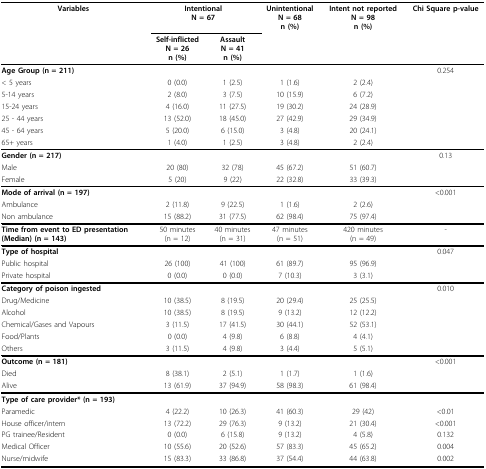
<table><thead><tr><td><b>Variables</b></td><td colspan="2"><b>IntentionalN = 67</b></td><td><b>UnintentionalN = 68n (%)</b></td><td><b>Intent not reportedN = 98n (%)</b></td><td><b>Chi Square p-value</b></td></tr><tr><td></td><td><b>Self-inflictedN = 26n (%)</b></td><td><b>AssaultN = 41n (%)</b></td><td></td><td></td><td></td></tr></thead><tbody><tr><td><b>Age Group (n = 211)</b></td><td></td><td></td><td></td><td></td><td>0.254</td></tr><tr><td>&lt; 5 years</td><td>0 (0.0)</td><td>1 (2.5)</td><td>1 (1.6)</td><td>2 (2.4)</td><td></td></tr><tr><td>5-14 years</td><td>2 (8.0)</td><td>3 (7.5)</td><td>10 (15.9)</td><td>6 (7.2)</td><td></td></tr><tr><td>15-24 years</td><td>4 (16.0)</td><td>11 (27.5)</td><td>19 (30.2)</td><td>24 (28.9)</td><td></td></tr><tr><td>25 - 44 years</td><td>13 (52.0)</td><td>18 (45.0)</td><td>27 (42.9)</td><td>29 (34.9)</td><td></td></tr><tr><td>45 - 64 years</td><td>5 (20.0)</td><td>6 (15.0)</td><td>3 (4.8)</td><td>20 (24.1)</td><td></td></tr><tr><td>65+ years</td><td>1 (4.0)</td><td>1 (2.5)</td><td>3 (4.8)</td><td>2 (2.4)</td><td></td></tr><tr><td><b>Gender (n = 217)</b></td><td></td><td></td><td></td><td></td><td>0.13</td></tr><tr><td>Male</td><td>20 (80)</td><td>32 (78)</td><td>45 (67.2)</td><td>51 (60.7)</td><td></td></tr><tr><td>Female</td><td>5 (20)</td><td>9 (22)</td><td>22 (32.8)</td><td>33 (39.3)</td><td></td></tr><tr><td><b>Mode of arrival (n = 197)</b></td><td></td><td></td><td></td><td></td><td>&lt;0.001</td></tr><tr><td>Ambulance</td><td>2 (11.8)</td><td>9 (22.5)</td><td>1 (1.6)</td><td>2 (2.6)</td><td></td></tr><tr><td>Non ambulance</td><td>15 (88.2)</td><td>31 (77.5)</td><td>62 (98.4)</td><td>75 (97.4)</td><td></td></tr><tr><td><b>Time from event to ED presentation (Median) (n = 143)</b></td><td>50 minutes(n = 12)</td><td>40 minutes(n = 31)</td><td>47 minutes(n = 51)</td><td>420 minutes(n = 49)</td><td>-</td></tr><tr><td><b>Type of hospital</b></td><td></td><td></td><td></td><td></td><td>0.047</td></tr><tr><td>Public hospital</td><td>26 (100)</td><td>41 (100)</td><td>61 (89.7)</td><td>95 (96.9)</td><td></td></tr><tr><td>Private hospital</td><td>0 (0.0)</td><td>0 (0.0)</td><td>7 (10.3)</td><td>3 (3.1)</td><td></td></tr><tr><td><b>Category of poison ingested</b></td><td></td><td></td><td></td><td></td><td>0.010</td></tr><tr><td>Drug/Medicine</td><td>10 (38.5)</td><td>8 (19.5)</td><td>20 (29.4)</td><td>25 (25.5)</td><td></td></tr><tr><td>Alcohol</td><td>10 (38.5)</td><td>8 (19.5)</td><td>9 (13.2)</td><td>12 (12.2)</td><td></td></tr><tr><td>Chemical/Gases and Vapours</td><td>3 (11.5)</td><td>17 (41.5)</td><td>30 (44.1)</td><td>52 (53.1)</td><td></td></tr><tr><td>Food/Plants</td><td>0 (0.0)</td><td>4 (9.8)</td><td>6 (8.8)</td><td>4 (4.1)</td><td></td></tr><tr><td>Others</td><td>3 (11.5)</td><td>4 (9.8)</td><td>3 (4.4)</td><td>5 (5.1)</td><td></td></tr><tr><td><b>Outcome (n = 181)</b></td><td></td><td></td><td></td><td></td><td>&lt;0.001</td></tr><tr><td>Died</td><td>8 (38.1)</td><td>2 (5.1)</td><td>1 (1.7)</td><td>1 (1.6)</td><td></td></tr><tr><td>Alive</td><td>13 (61.9)</td><td>37 (94.9)</td><td>58 (98.3)</td><td>61 (98.4)</td><td></td></tr><tr><td><b>Type of care provider* (n = 193)</b></td><td></td><td></td><td></td><td></td><td></td></tr><tr><td>Paramedic</td><td>4 (22.2)</td><td>10 (26.3)</td><td>41 (60.3)</td><td>29 (42)</td><td>&lt;0.01</td></tr><tr><td>House officer/intern</td><td>13 (72.2)</td><td>29 (76.3)</td><td>9 (13.2)</td><td>21 (30.4)</td><td>&lt;0.001</td></tr><tr><td>PG trainee/Resident</td><td>0 (0.0)</td><td>6 (15.8)</td><td>9 (13.2)</td><td>4 (5.8)</td><td>0.132</td></tr><tr><td>Medical Officer</td><td>10 (55.6)</td><td>20 (52.6)</td><td>57 (83.3)</td><td>45 (65.2)</td><td>0.004</td></tr><tr><td>Nurse/midwife</td><td>15 (83.3)</td><td>33 (86.8)</td><td>37 (54.4)</td><td>44 (63.8)</td><td>0.002</td></tr></tbody></table>